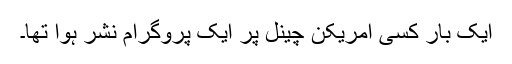
ایک بار کسی امریکن چینل پر ایک پروگرام نشر ہُوا تھا۔